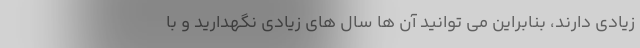
زیادی دارند، بنابراین می توانید آن ها سال های زیادی نگهدارید و با